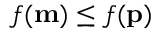
f ( \mathbf { m } ) \leq f ( \mathbf { p } )